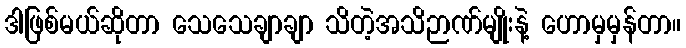
ဒါဖြစ်မယ်ဆိုတာ သေသေချာချာ သိတဲ့အသိဉာဏ်မျိုးနဲ့ ဟောမှမှန်တာ။